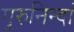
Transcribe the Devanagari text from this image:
गुरुनिन्दां